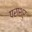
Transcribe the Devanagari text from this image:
पराशर्